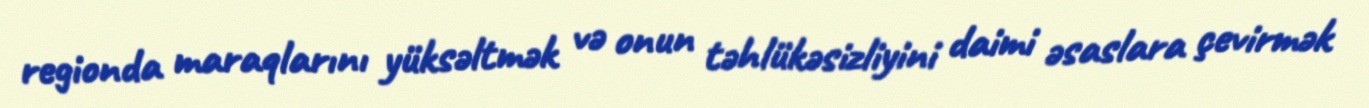
regionda maraqlarını yüksəltmək və onun təhlükəsizliyini daimi əsaslara çevirmək